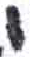
אות: י